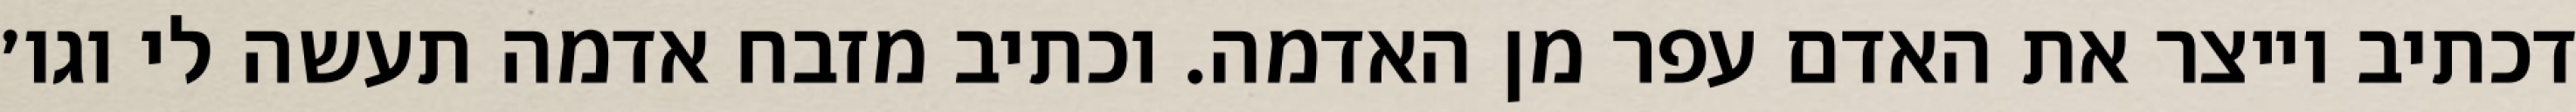
דכתיב וייצר את האדם עפר מן האדמה. וכתיב מזבח אדמה תעשה לי וגו׳